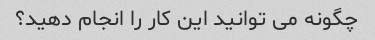
چگونه می توانید این کار را انجام دهید؟